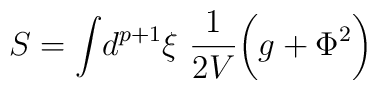
S=\int\! d^{p+1}\xi\ {1\over 2V}\biggl (g+\Phi^2\biggr )